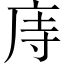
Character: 庤